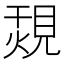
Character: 覝